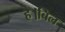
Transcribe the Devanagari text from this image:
है।बिल